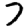
Digit: 7